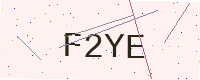
Text: F2YE